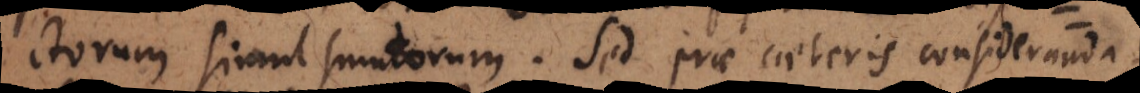
ctorum simul sumtorum. Sed prae caeteris consideranda